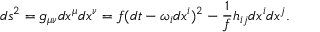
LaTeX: d s ^ { 2 } = g _ { \mu \nu } d x ^ { \mu } d x ^ { \nu } = f ( d t - \omega _ { i } d x ^ { i } ) ^ { 2 } - \frac { 1 } { f } h _ { i j } d x ^ { i } d x ^ { j } .